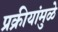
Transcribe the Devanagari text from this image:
प्रक्रीयांमुळे